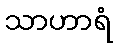
သာဟာရံ